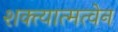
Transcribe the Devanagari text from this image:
शक्त्यात्मत्वेन